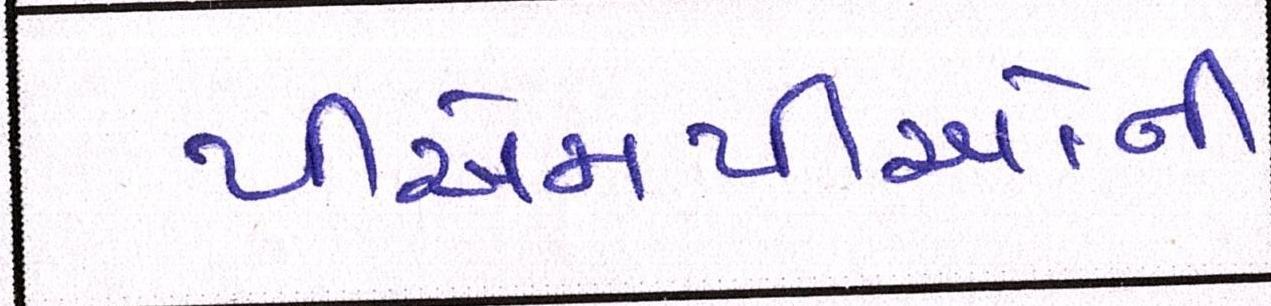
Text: પીએમપીઓની